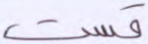
قست